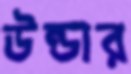
উন্ডার